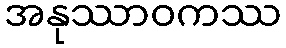
အနုဿာဝကဿ